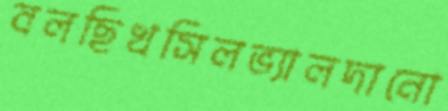
বলছিখসিলভ্যালদানো